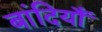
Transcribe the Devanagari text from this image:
बांदियाँ